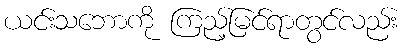
ယင်းသဘောကို ကြည့်မြင်ရာတွင်လည်း